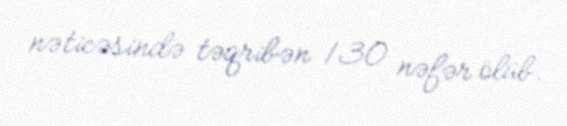
nəticəsində təqribən 130 nəfər ölüb.